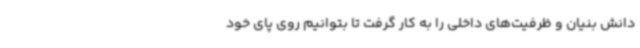
دانش بنیان و ظرفیت‌های داخلی را به کار گرفت تا بتوانیم روی پای خود